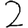
Digit: 2